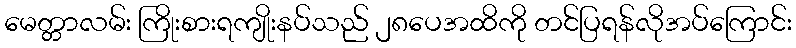
မေတ္တာလမ်း ကြိုးစားရကျိုးနပ်သည် ၂၈ပေအထိကို တင်ပြရန်လိုအပ်ကြောင်း